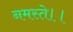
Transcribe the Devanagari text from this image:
नमस्ते।।